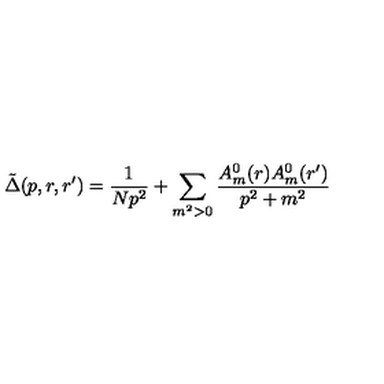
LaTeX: \tilde { \Delta } ( p , r , r ^ { \prime } ) = \frac { 1 } { N p ^ { 2 } } + \sum _ { m ^ { 2 } > 0 } \frac { A _ { m } ^ { 0 } ( r ) A _ { m } ^ { 0 } ( r ^ { \prime } ) } { p ^ { 2 } + m ^ { 2 } }